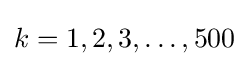
k=1,2,3,\ldots ,500